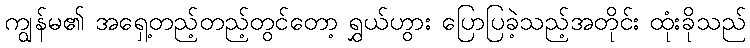
ကျွန်မ၏ အရှေ့တည့်တည့်တွင်တော့ ရွှယ်ဟွား ပြောပြခဲ့သည့်အတိုင်း ထုံးခိုသည်